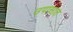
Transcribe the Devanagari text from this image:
उपासात